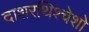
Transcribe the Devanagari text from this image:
दाशरथिश्‍चेशो